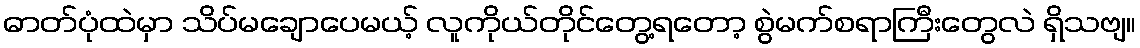
ဓာတ်ပုံထဲမှာ သိပ်မချောပေမယ့် လူကိုယ်တိုင်တွေ့ရတော့ စွဲမက်စရာကြီးတွေလဲ ရှိသဗျ။